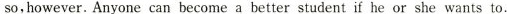
so,however. Anyone can become a better student if he or she wants to.